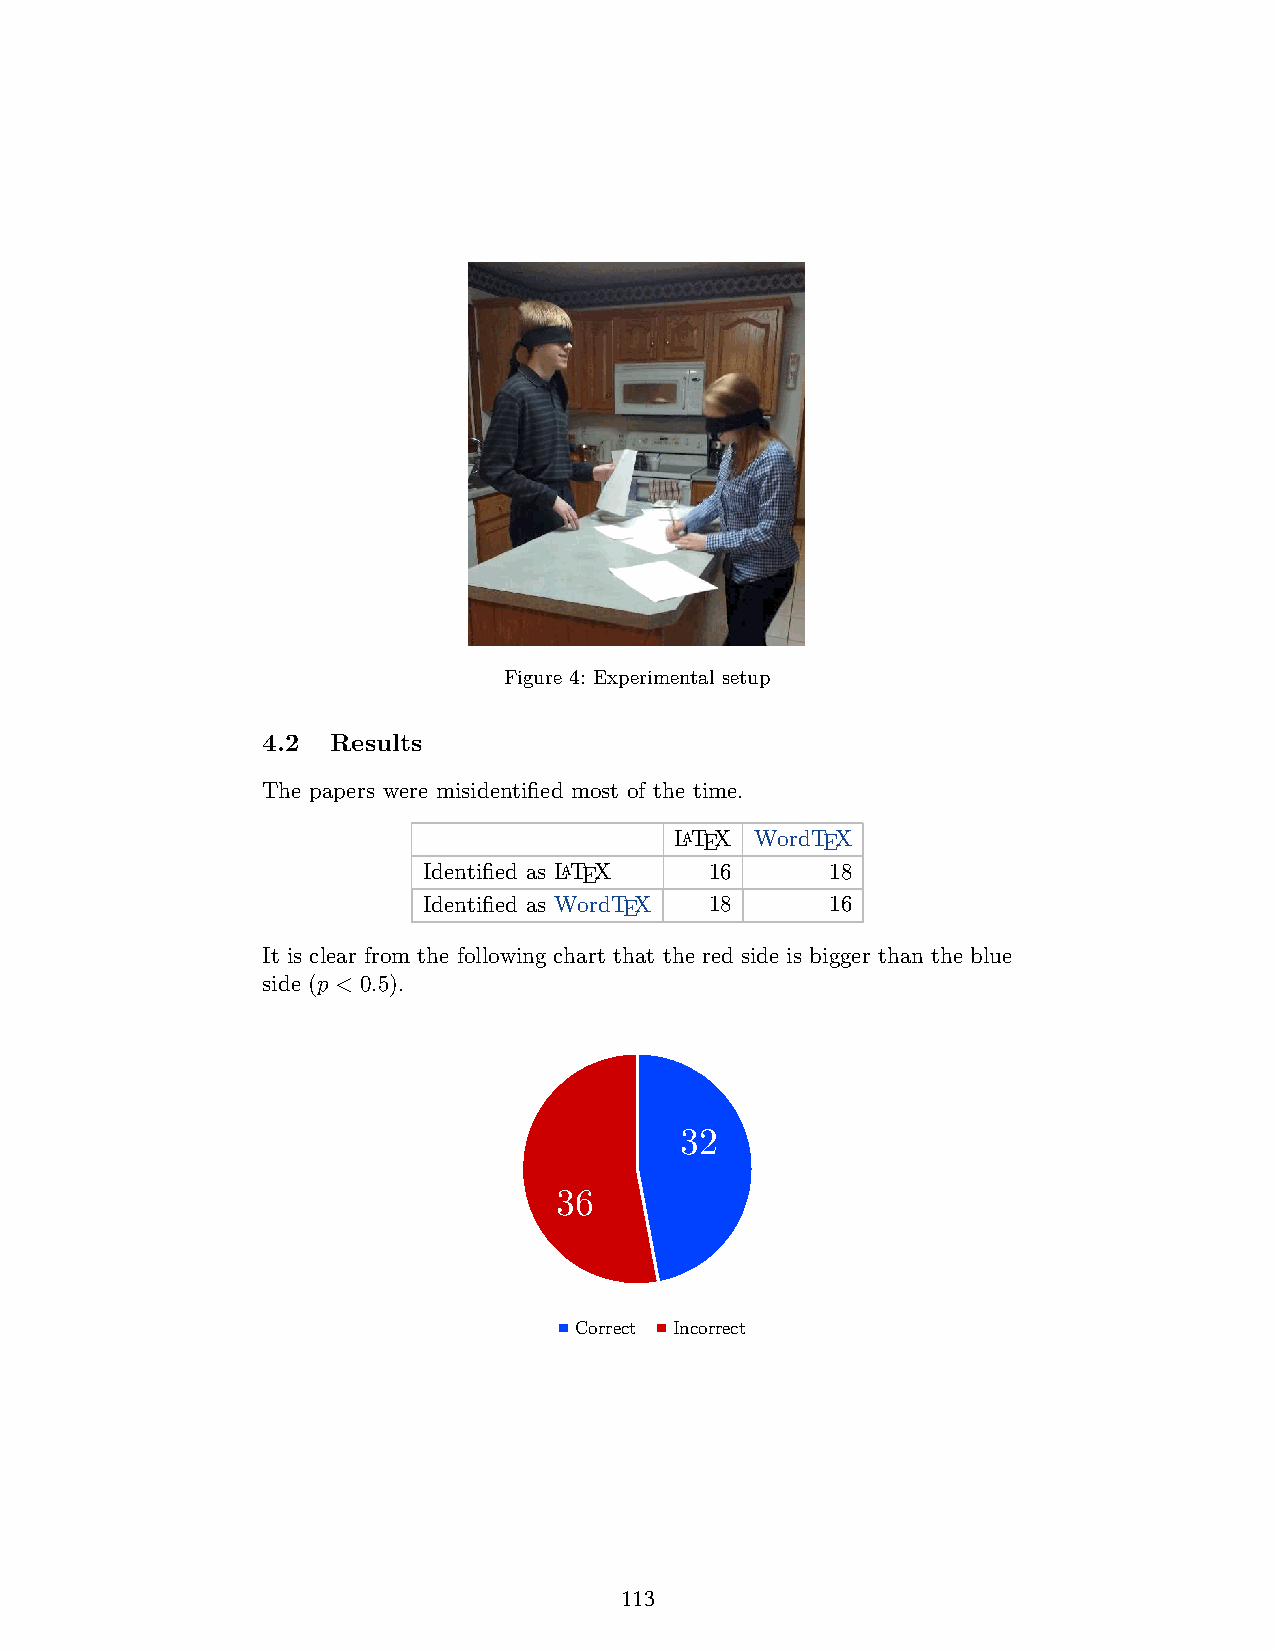
Figure 4: Experimental setup
 4.2  Results
 The papers were misidentified most of the time.
 LATEX WordTEX
 Identified as LATEX 16     18
 Identified as WordTEX 18   16
 It is clear from the following chart that the red side is bigger than the blue
 side (   ).
 𝑝 < 0.5
 32
 36
 Correct Incorrect
 113